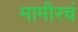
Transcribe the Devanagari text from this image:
मामीरचं